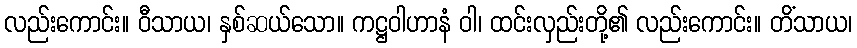
လည်းကောင်း။ ဝီသာယ၊ နှစ်ဆယ်သော။ ကဋ္ဌဝါဟာနံ ဝါ၊ ထင်းလှည်းတို့၏ လည်းကောင်း။ တိံသာယ၊